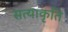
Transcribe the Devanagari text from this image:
सत्याकृति